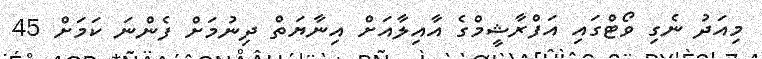
މިއަދު ނެގި ވޯޓްގައި އަފްރާޝީމްގެ އާއިލާއަށް އިނާޔަތް ދިނުމަށް ފެންނަ ކަމަށް 45